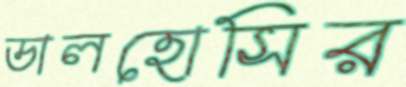
ডালহোসির